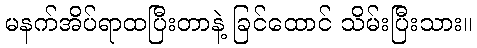
မနက်အိပ်ရာထပြီးတာနဲ့ ခြင်ထောင် သိမ်းပြီးသား။